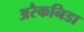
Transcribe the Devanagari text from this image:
अरैकनिडा